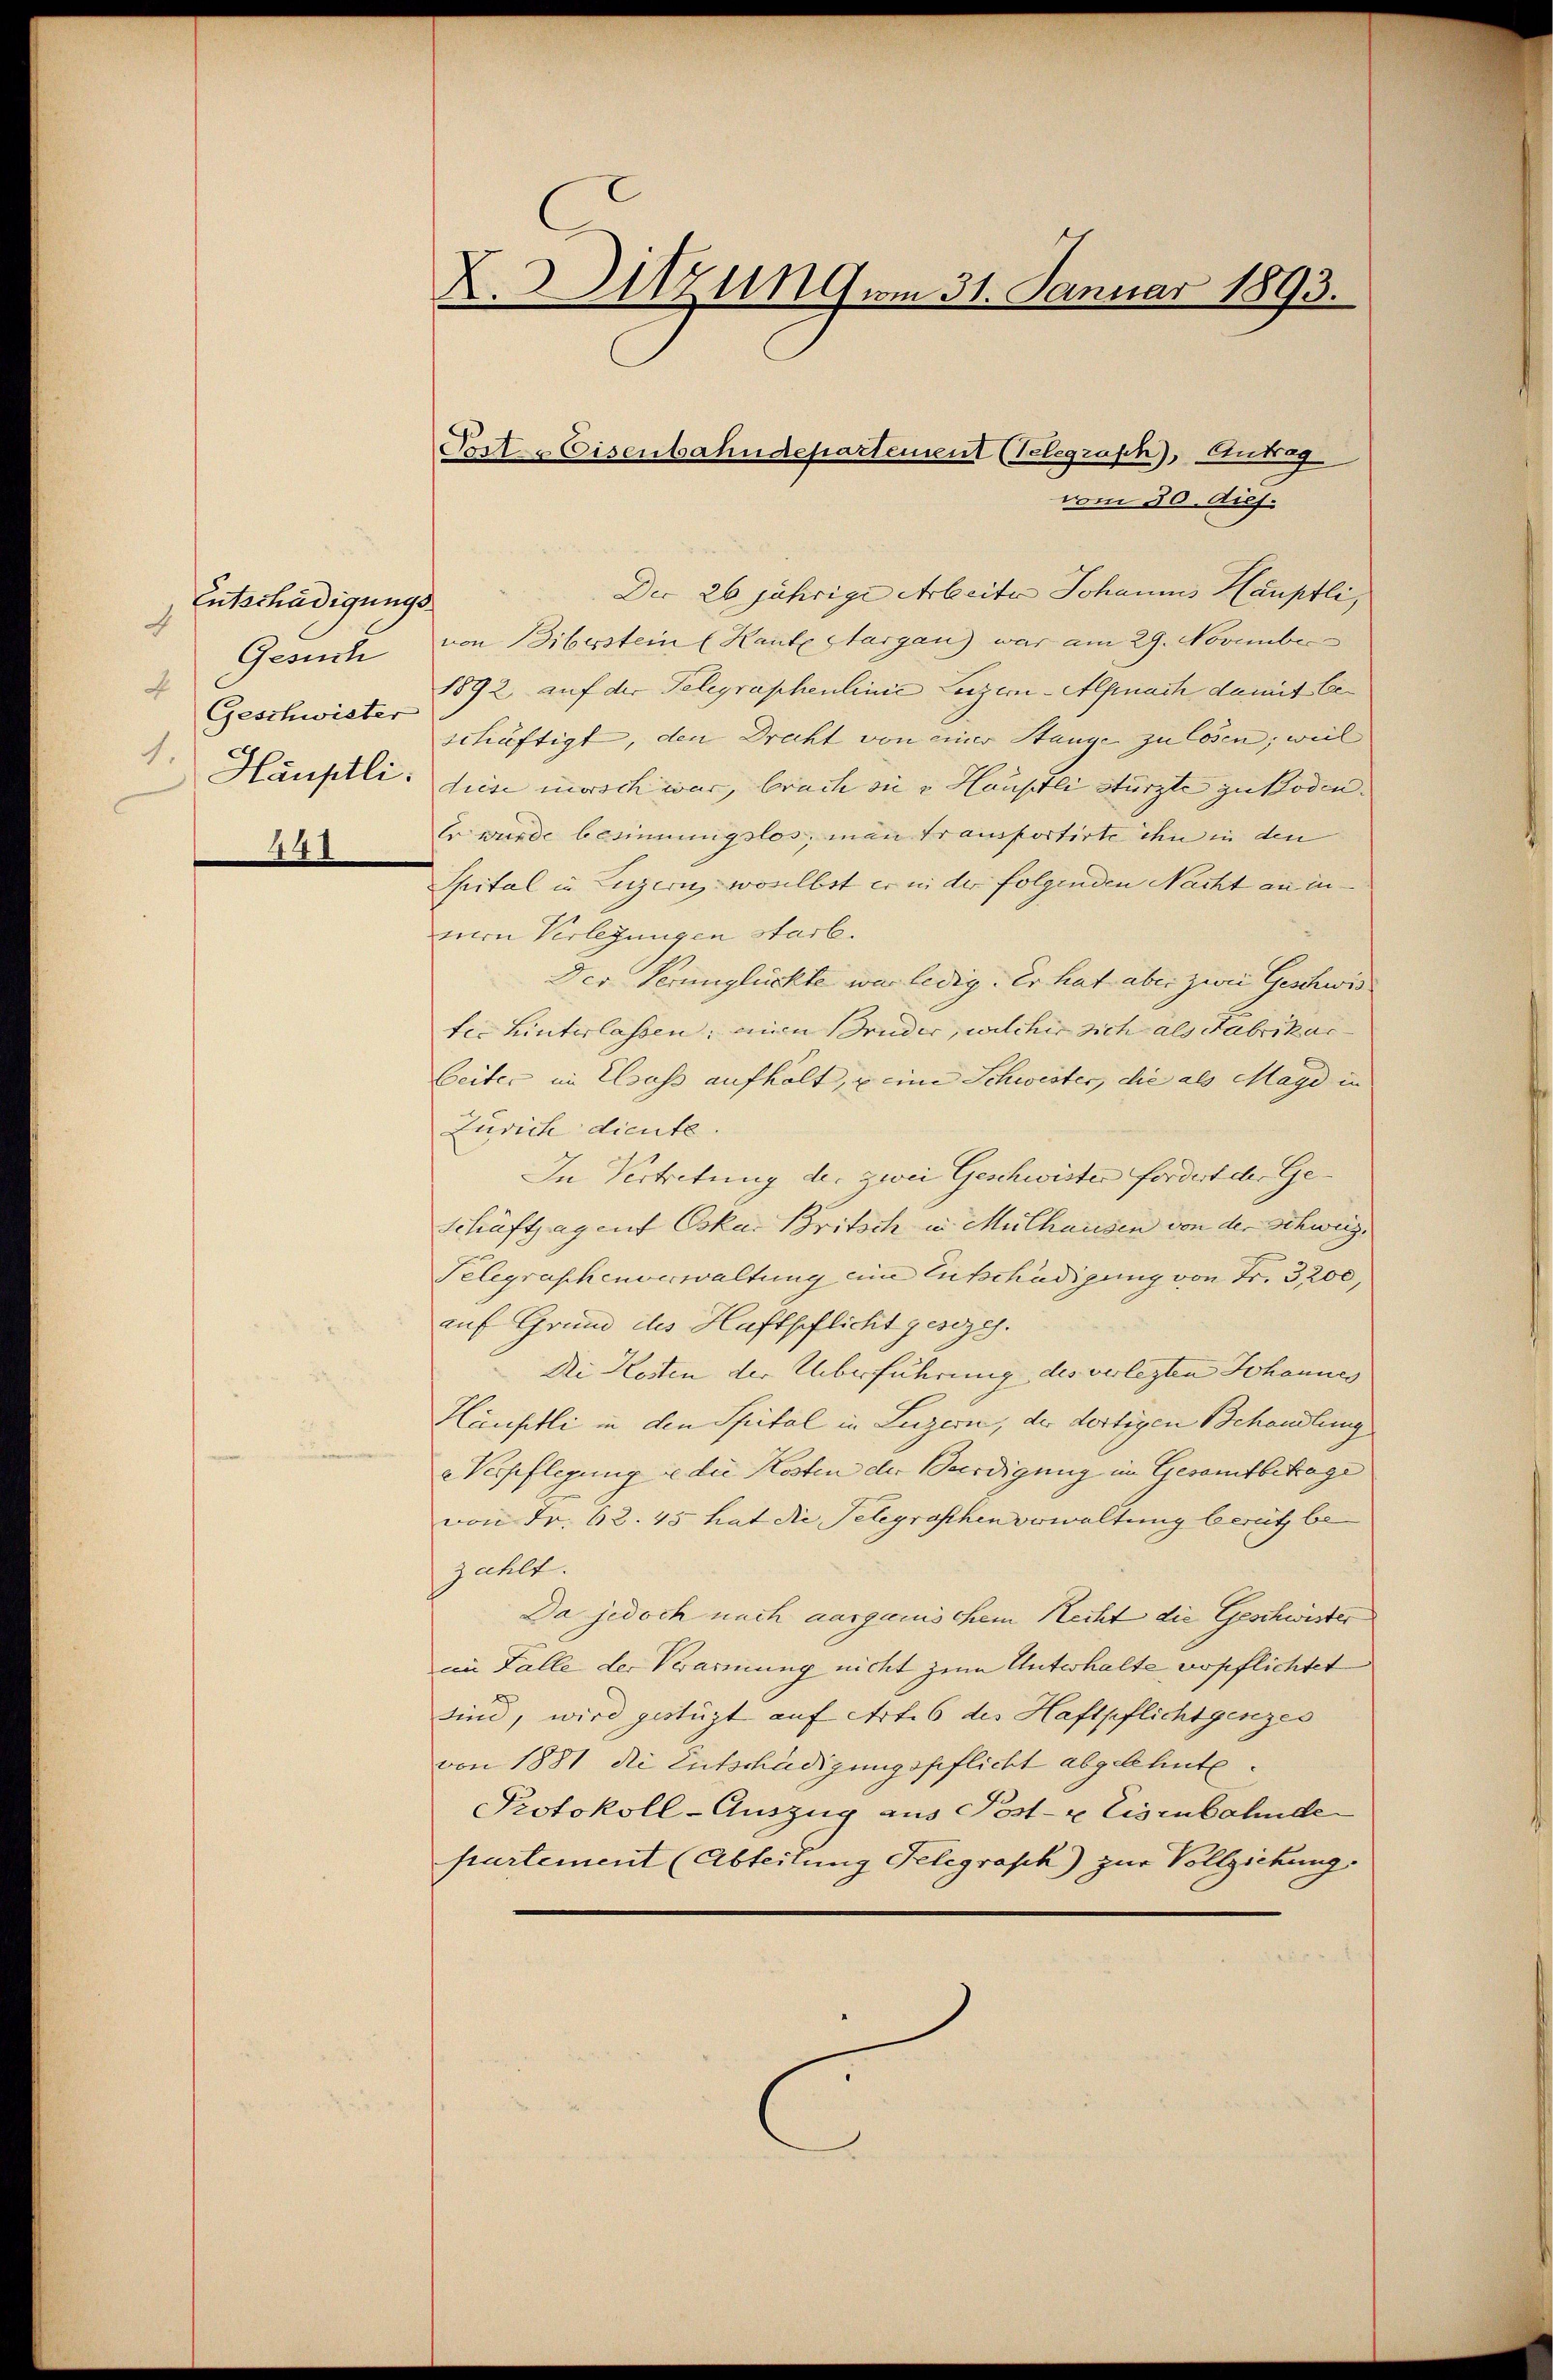
Entschädigung.
d
Gesuch
F
Geschwister
1.
Hauptli.

441

X. Sitzung am 31. Januar 1893.

Post Eisenbahndepartement (Telegraph), Autog
vom 30. dies.

Der 26 jährige Arbeiter Johannes Hauptli,
von Biberstein (Haute Aargau) war am 29. Novembe
1892 auf der Telegraphenlinie Leizer-Alpnach damit be
schäftigt, den Drecht von einer Stange zu lösen, weil
diese marsch war, brach in v. Hauseli stürzte zu Boden. |
Er wurde besinnungslos, man transportirte ihn in den
Spital in Luzern, woselbst er in der folgenden Nacht an in
mern Verlegungen starb.
Der Verunglückte war ledig. Er hat aber zwei Geschwis |
ter hinterlassen; einen Bruder, welcher sich als Fabrikar
beiter im Elsass aufhält, u eine Schwester, die als Magd in
Zürich diente.
In Vertretung der zwei Geschwister fordert der Ge¬
Schäftsagent Oskar Britsch in Mülhausen von der Schweiz.
Telegraphenverwaltung eine Entschädigung von Fr. 3200,
auf Grund des Haftpflicht gesezes.
Di Kosten der Ueberführung des verlegten Johannes
Häuptli in den Spital in Luzern, der dortigen Behandlung
a Verpflegung u die Kosten der Bürdigung in Gesamtbetrage
von Fr. 62. 45 hat die Telegraphen verwaltung bereit be-
zahlt.
Da jedoch nach ausgemischem Recht die Geschwister
im Falle der Verarmung nicht zum Unterhalte nopflichtet
sind, wird gestüzt auf Art. 6 des Haftpflichtgenzes
von 1881 die Entschädigungspflicht abgelehnte.
Protokoll-Auszug aus Post- u Eisenbahnde
partement (Abteilung Telegraph) zur Vollziehung.